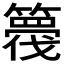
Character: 𮆘